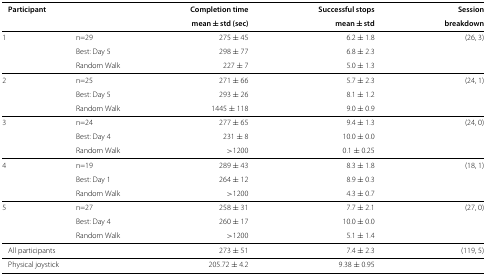
<table><thead><tr><td colspan="2"><b>Participant</b></td><td><b>Completion time</b></td><td><b>Successful stops</b></td><td><b>Session</b></td></tr><tr><td><b> </b></td><td><b> </b></td><td><b>mean ± std (sec)</b></td><td><b>mean ± std</b></td><td><b>breakdown</b></td></tr></thead><tbody><tr><td>1</td><td>n=29</td><td>275 ± 45</td><td>6.2 ± 1.8</td><td>(26, 3)</td></tr><tr><td> </td><td>Best: Day 5</td><td>298 ± 77</td><td>6.8 ± 2.3</td><td> </td></tr><tr><td> </td><td>Random Walk</td><td>227 ± 7</td><td>5.0 ± 1.3</td><td> </td></tr><tr><td>2</td><td>n=25</td><td>271 ± 66</td><td>5.7 ± 2.3</td><td>(24, 1)</td></tr><tr><td> </td><td>Best: Day 5</td><td>293 ± 26</td><td>8.1 ± 1.2</td><td> </td></tr><tr><td> </td><td>Random Walk</td><td>1445 ± 118</td><td>9.0 ± 0.9</td><td> </td></tr><tr><td>3</td><td>n=24</td><td>277 ± 65</td><td>9.4 ± 1.3</td><td>(24, 0)</td></tr><tr><td> </td><td>Best: Day 4</td><td>231 ± 8</td><td>10.0 ± 0.0</td><td> </td></tr><tr><td> </td><td>Random Walk</td><td>&gt;1200</td><td>0.1 ± 0.25</td><td> </td></tr><tr><td>4</td><td>n=19</td><td>289 ± 43</td><td>8.3 ± 1.8</td><td>(18, 1)</td></tr><tr><td> </td><td>Best: Day 1</td><td>264 ± 12</td><td>8.9 ± 0.3</td><td> </td></tr><tr><td> </td><td>Random Walk</td><td>&gt;1200</td><td>4.3 ± 0.7</td><td> </td></tr><tr><td>5</td><td>n=27</td><td>258 ± 31</td><td>7.7 ± 2.1</td><td>(27, 0)</td></tr><tr><td> </td><td>Best: Day 4</td><td>260 ± 17</td><td>10.0 ± 0.0</td><td> </td></tr><tr><td> </td><td>Random Walk</td><td>&gt;1200</td><td>5.1 ± 1.4</td><td> </td></tr><tr><td colspan="2">All participants</td><td>273 ± 51</td><td>7.4 ± 2.3</td><td>(119, 5)</td></tr><tr><td colspan="2">Physical joystick</td><td>205.72 ± 4.2</td><td>9.38 ± 0.95</td><td> </td></tr></tbody></table>